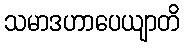
သမာဒဟာပေယျာတိ